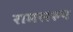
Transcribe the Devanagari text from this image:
रामसरुप